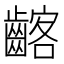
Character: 𪘺